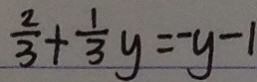
\frac { 2 } { 3 } + \frac { 1 } { 3 } y = - y - 1